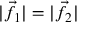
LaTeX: | { \vec { f } } _ { 1 } | = | { \vec { f } } _ { 2 } |